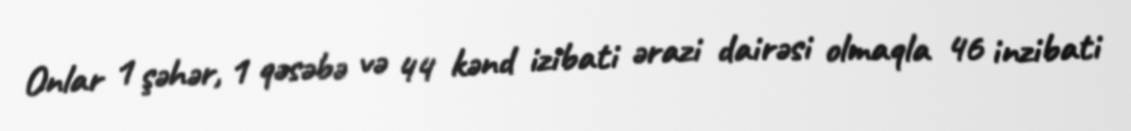
Onlar 1 şəhər, 1 qəsəbə və 44 kənd izibati ərazi dairəsi olmaqla 46 inzibati